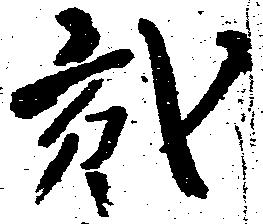
弐